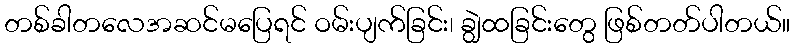
တစ်ခါတလေအဆင်မပြေရင် ဝမ်းပျက်ခြင်း၊ ချွဲထခြင်းတွေ ဖြစ်တတ်ပါတယ်။